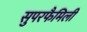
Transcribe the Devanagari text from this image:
सुपरफैमिली